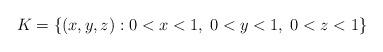
LaTeX: \begin{align*} K = \{(x,y,z): 0<x <1,\; 0<y<1,\; 0<z<1\}\end{align*}